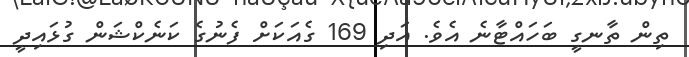
ތިން ތާނގީ ބަހައްޓާނެ އެވެ. އަދި 169 ގެއަކަށް ފެނުގެ ކަނެކްޝަން ގުޅައިދީ